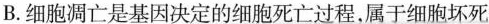
B.细胞凋亡是基因决定的细胞死亡过程属于细胞坏死